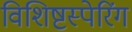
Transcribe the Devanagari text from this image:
विशिष्टस्पेरिंग